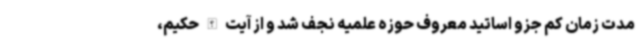
مدت زمان کم جزو اساتید معروف حوزه علمیه نجف شد و از آیت الله حکیم،